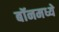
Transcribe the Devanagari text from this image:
बॉनमध्ये